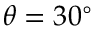
\theta = 3 0 ^ { \circ }